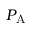
P _ { \mathrm { A } }